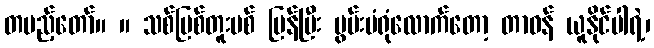
တပည့်တော်။ ။ သစ်မြစ်တူးပစ် ပြန်ပြီး မွမ်းမံရုံလောက်တော့ တာဝန် ယူနိုင်ပါရဲ့၊